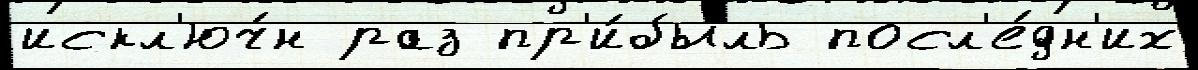
искл'юч́н раз пр'и́быль посл'е́дн'их